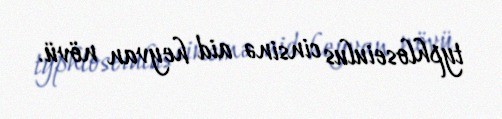
typhloseiulus cinsinə aid heyvan növü.